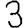
Digit: 3